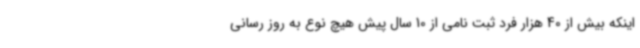
اینکه بیش از 40 هزار فرد ثبت نامی از 10 سال پیش هیچ نوع به روز رسانی